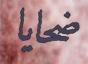
ضحايا